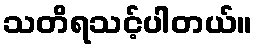
သတိရသင့်ပါတယ်။